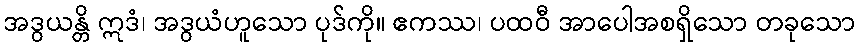
အဒွယန္တိ ဣဒံ၊ အဒွယံဟူသော ပုဒ်ကို။ ဧကဿ၊ ပထဝီ အာပေါအစရှိသော တခုသော